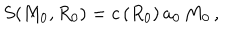
S ( M _ { 0 } , R _ { 0 } ) = c \, ( R _ { 0 } ) \, a _ { 0 } \, M _ { 0 } \, ,